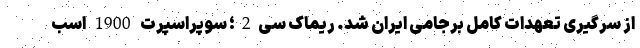
از سرگیری تعهدات کامل برجامی ایران شد. ریماک سی2؛ سوپراسپرت 1900 اسب